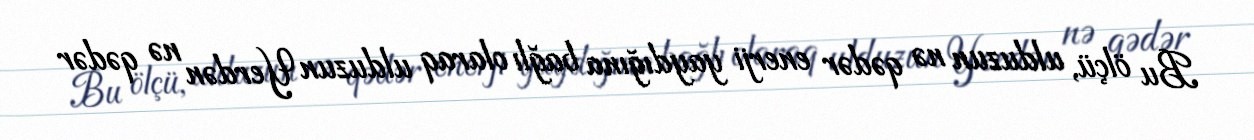
Bu ölçü, ulduzun nə qədər enerji yaydığına bağlı olaraq ulduzun Yerdən nə qədər